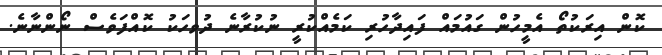
ކޮން އިރަކުތޯ އެމީހުން ގައުމައް ފައިދާހުރި ކަމެއްކުރީ ނުކުރާނެ ދުވހަކު ކޮއްފަވެސް ނޯންނާނެ.